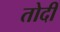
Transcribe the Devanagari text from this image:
तोदी